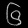
Digit: ၆